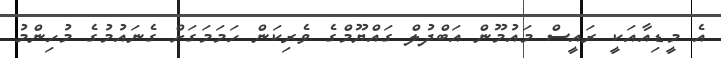
އެ މީޑިއާއަކީ ރައީސް މައުމޫން އަބްދުލް ގައްޔޫމްގެ ވެރިކަން ހަމަމަގަށް ގެނައުމުގެ މުހިންމު